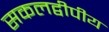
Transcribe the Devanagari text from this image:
सकलद्वीपीय